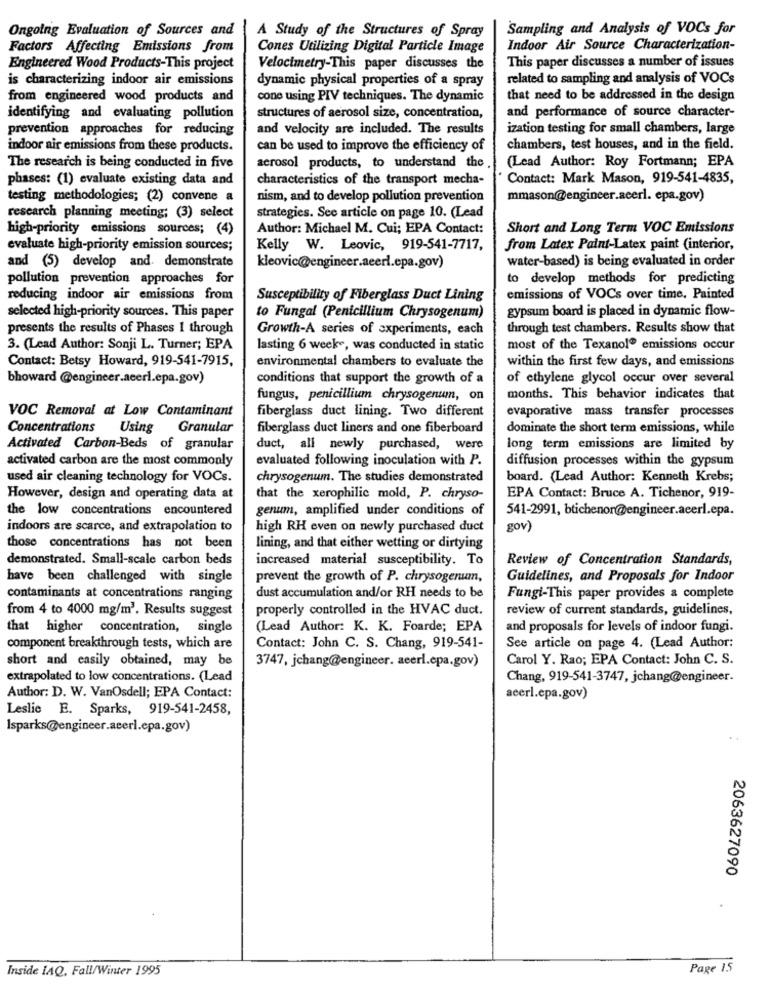
Ongoing Evaluation of Sources and
Sampling and Analysis of VOCs for
A Study of the Structures of Spray
Factors Affecting Emissions from
Cones Utilizing Digital Particle Image
Indoor Air Source Characterization-
This paper discusses a number of issues
Engineered Wood Products-This project
Velocimetry-This paper discusses the
is characterizing indoor air emissions
dynamic physical properties of a spray
related to sampling and analysis of VOCs
from engineered wood products and
cone using PIV techniques. The dynamic
that need to be addressed in the design
identifying and evaluating pollution
structures of aerosol size, concentration,
and performance of source character-
prevention approaches for reducing
and velocity are included. The results
ization testing for small chambers, large
indoor air emissions from these products.
can be used to improve the efficiency of
chambers, test houses, and in the field.
The research is being conducted in five
aerosol products, to understand the
(Lead Author: Roy Fortmann; EPA
phases: (1) evaluate existing data and
characteristics of the transport mecha-
Contact: Mark Mason, 919-541-4835,
testing methodologies; (2) convene a
nism, and to develop pollution prevention
mmason@engineer.acerl. epa.gov)
research planning meeting; (3) select
strategies. See article on page 10. (Lead
high-priority emissions sources; (4)
Author: Michael M. Cui; EPA Contact:
Short and Long Term VOC Emissions
evaluate high-priority emission sources;
Kelly W. Leovic, 919-541-7717,
from Latex Paint-Latex paint (interior,
water-based) is being evaluated in order
and (5) develop and. demonstrate
kleovic@engineer.aeerl.epa.gov)
pollution prevention approaches for
to develop methods for predicting
reducing indoor air emissions from
Susceptibility of Fiberglass Duct Lining
emissions of VOCs over time. Painted
gypsum board is placed in dynamic flow-
selected high-priority sources. This paper
to Fungal (Penicillium Chrysogenum)
presents the results of Phases 1 through
Growth-A series of experiments, each
through test chambers. Results show that
3. (Lead Author: Sonji L. Turner; EPA
lasting 6 weeks, was conducted in static
most of the Texanol® emissions occur
Contact: Betsy Howard, 919-541-7915,
environmental chambers to evaluate the
within the first few days, and emissions
bhoward @engineer.acerl.epa.gov)
conditions that support the growth of a
of ethylene glycol occur over several
fungus, penicillium chrysogenum, on
months. This behavior indicates that
VOC Removal at Low Contaminant
fiberglass duct lining. Two different
evaporative mass transfer processes
Concentrations
Using Granular
fiberglass duct liners and one fiberboard
dominate the short term emissions, while
Activated Carbon-Beds of granular
duct, all newly purchased, were
long term emissions are limited by
activated carbon are the most commonly
evaluated following inoculation with P.
diffusion processes within the gypsum
used air cleaning technology for VOCs.
chrysogenum. The studies demonstrated
board. (Lead Author: Kenneth Krebs;
However, design and operating data at
that the xerophilic mold, P. chryso-
EPA Contact: Bruce A. Tichenor, 919-
the low concentrations encountered
genum, amplified under conditions of
541-2991, btichenor@engineer.acerl.epa.
indoors are scarce, and extrapolation to
high RH even on newly purchased duct
gov)
those concentrations has not been
lining, and that either wetting or dirtying
demonstrated. Small-scale carbon beds
increased material susceptibility. To
Review of Concentration Standards,
have been challenged with single
prevent the growth of P. chrysogenum,
Guidelines, and Proposals for Indoor
dust accumulation and/or RH needs to be
contaminants at concentrations ranging
Fungi-This paper provides a complete
from 4 to 4000 mg/m3. Results suggest
properly controlled in the HVAC duct.
review of current standards, guidelines,
that higher concentration,
single
(Lead Author: K. K. Foarde; EPA
and proposals for levels of indoor fungi.
component breakthrough tests, which are
Contact: John C. S. Chang, 919-541-
See article on page 4. (Lead Author:
short and easily obtained, may be
3747, jchang@engineer. acerl.epa.gov)
Carol Y. Rao; EPA Contact: John C. S.
extrapolated to low concentrations. (Lead
Chang, 919-541-3747, jchang@engineer.
Author: D. W. VanOsdell; EPA Contact:
acerl.epa.gov)
Leslie E. Sparks, 919-541-2458,
lsparks@engineer.acerl.epa.gov)
2063627090
Inside IAQ, Fall/Winter 1995
Page 15